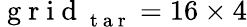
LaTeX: \mathrm{~g~r~i~d~}_{\mathrm{~t~a~r~}}=16\times 4